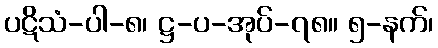
ပဋိသံ-ပါ-၈၊ ဋ္ဌ-ပ-အုပ်-၇၈။ ၅-နက်၊